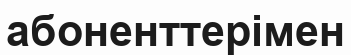
абоненттерімен